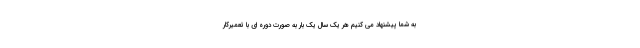
به شما پیشنهاد می کنیم هر یک سال یک بار به صورت دوره ای با تعمیرکار